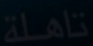
تاملة